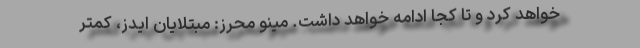
خواهد کرد و تا کجا ادامه خواهد داشت. مینو محرز: مبتلایان ایدز، کمتر